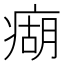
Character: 㾰